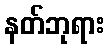
နတ်ဘုရား